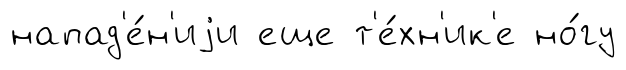
напад'е́н'иjи еще т'е́хн'ик'е но́гу